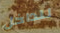
للداخل